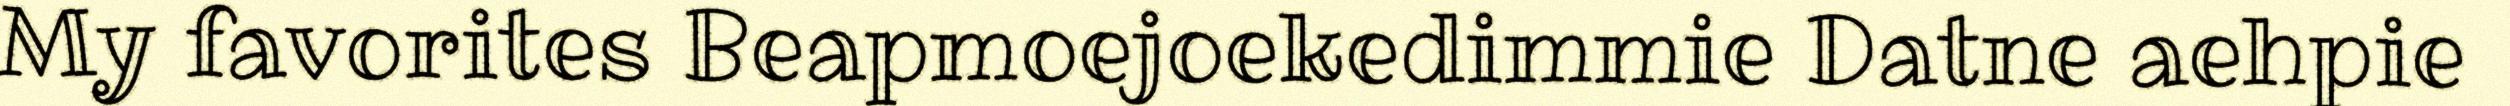
My favorites Beapmoejoekedimmie Datne aehpie